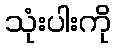
သုံးပါးကို